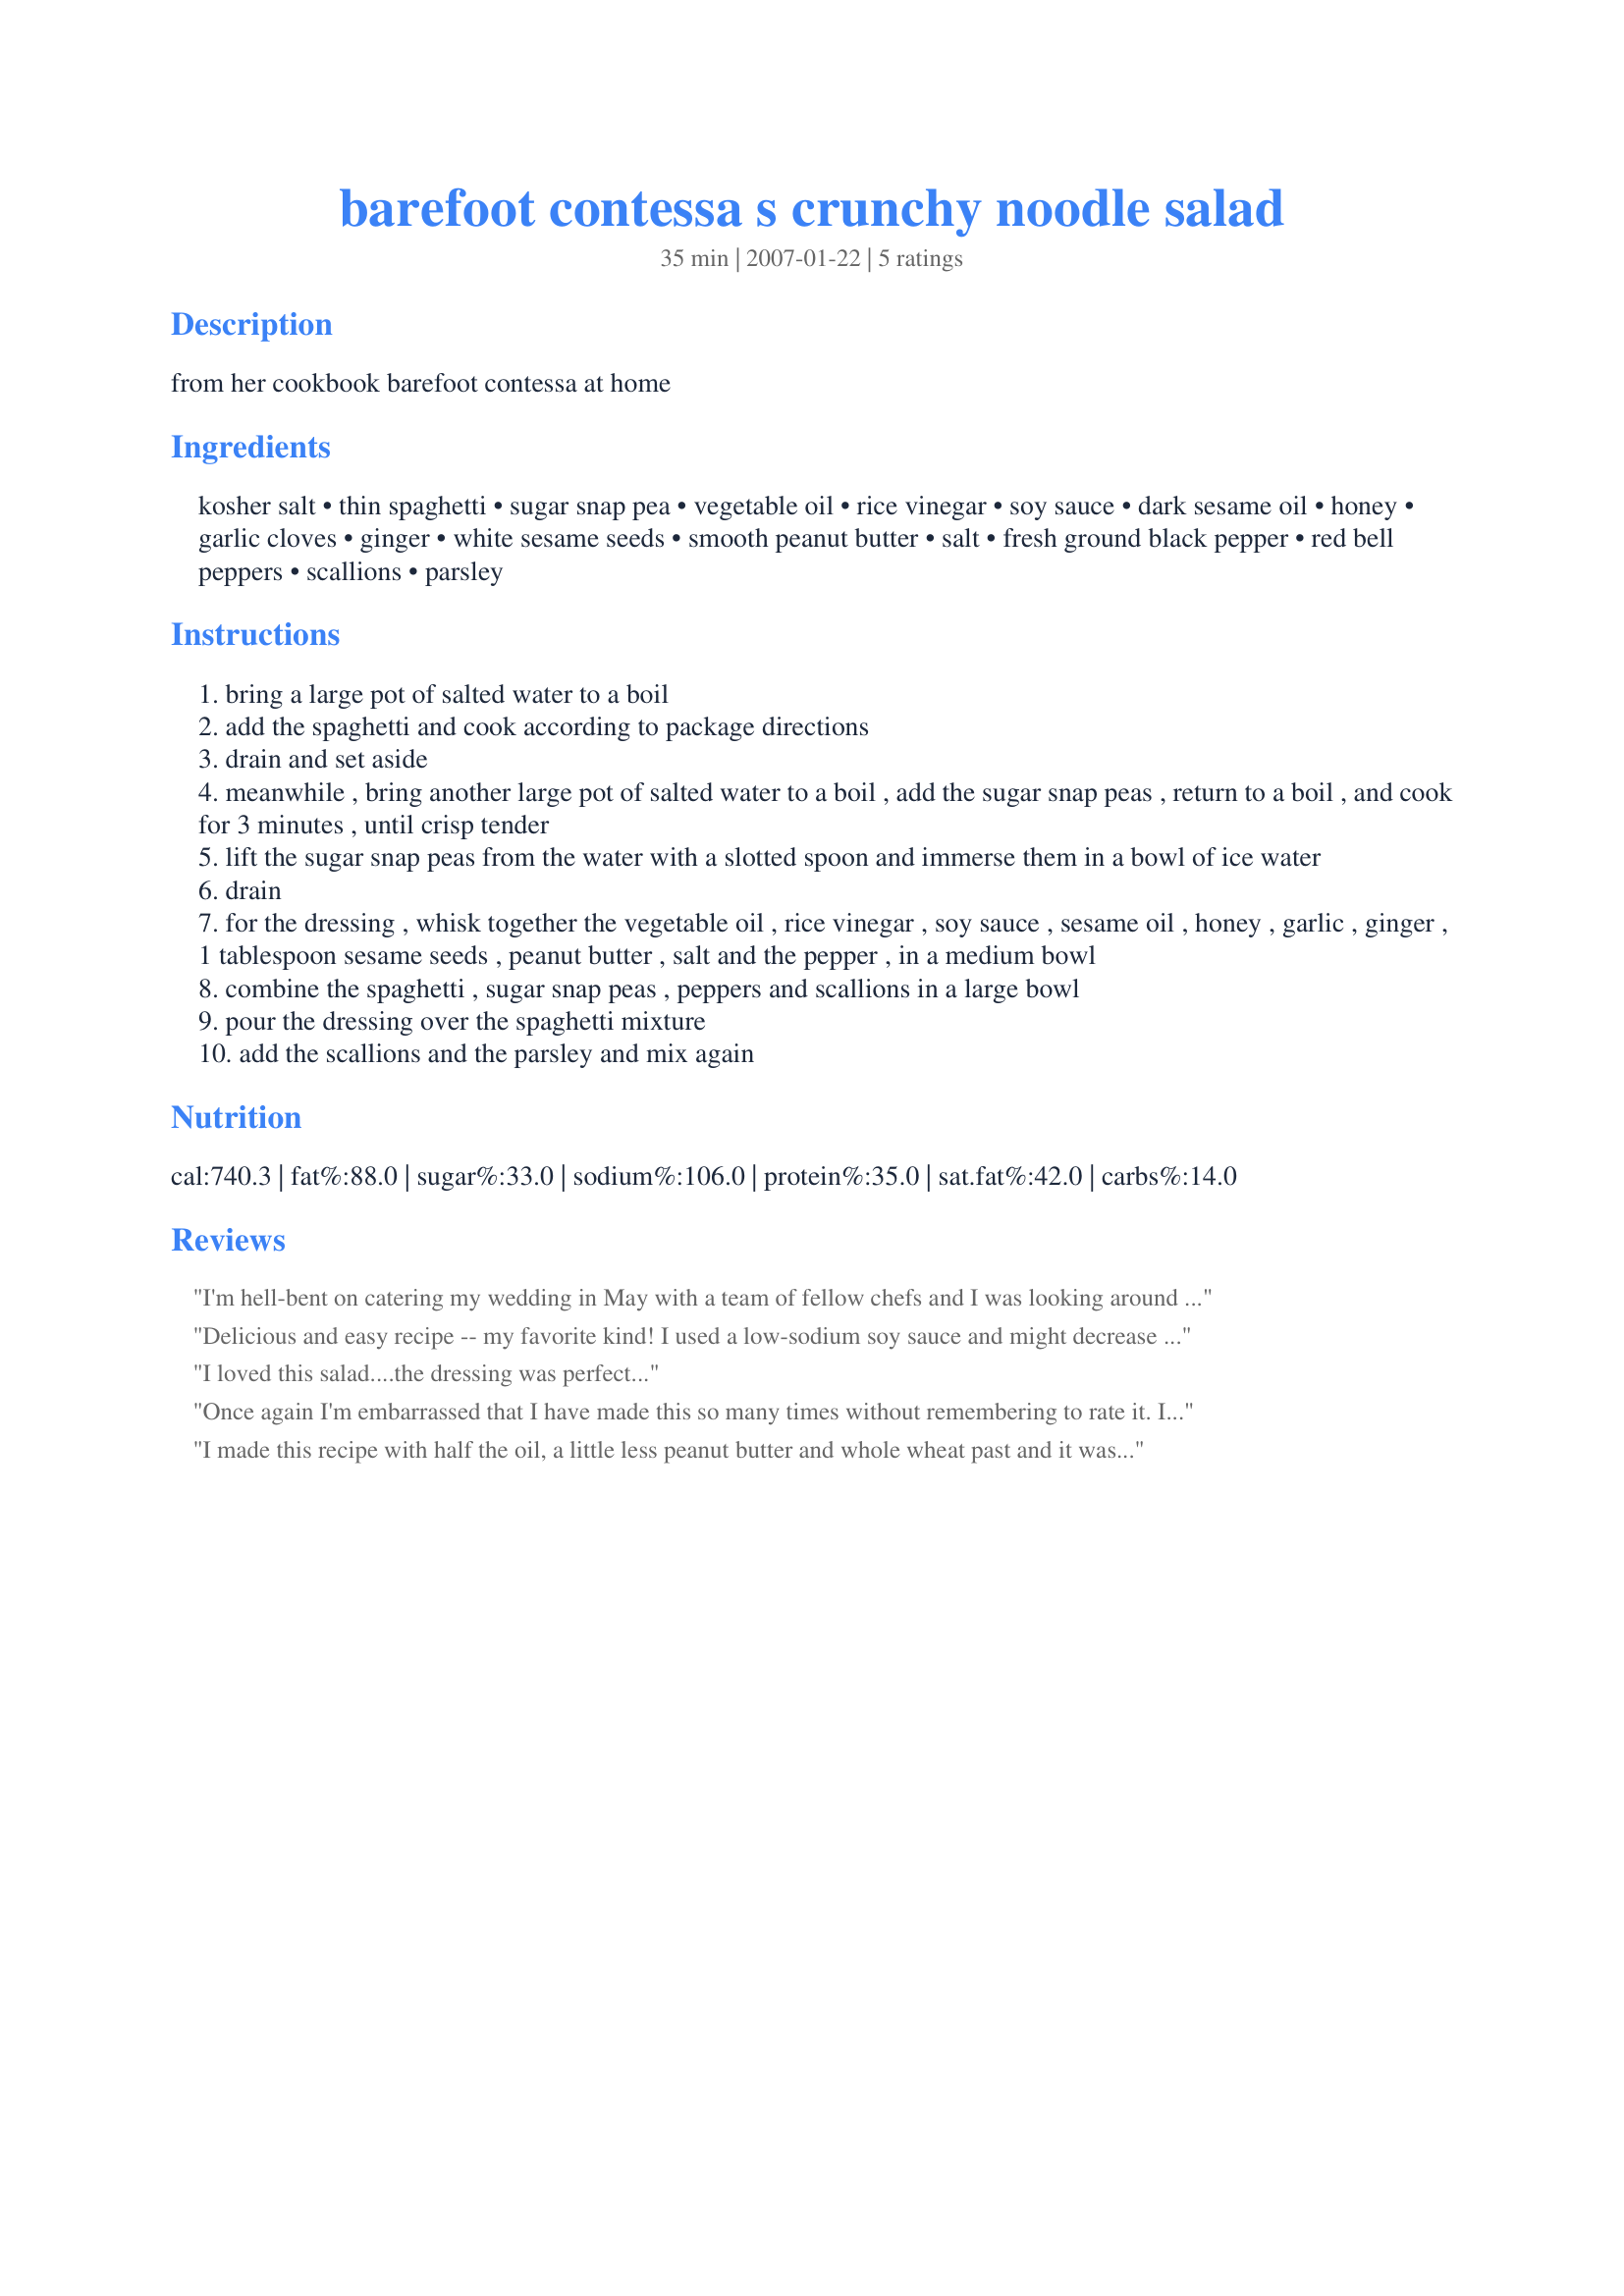
barefoot contessa s crunchy noodle salad
Preparation time: 35 minutes

from her cookbook barefoot contessa at home

Ingredients:
kosher salt, thin spaghetti, sugar snap pea, vegetable oil, rice vinegar, soy sauce, dark sesame oil, honey, garlic cloves, ginger, white sesame seeds, smooth peanut butter, salt, fresh ground black pepper, red bell peppers, scallions, parsley

Steps:
bring a large pot of salted water to a boil
add the spaghetti and cook according to package directions
drain and set aside
meanwhile , bring another large pot of salted water to a boil , add the sugar snap peas , return to a boil , and cook for 3 minutes , until crisp tender
lift the sugar snap peas from the water with a slotted spoon and immerse them in a bowl of ice water
drain
for the dressing , whisk together the vegetable oil , rice vinegar , soy sauce , sesame oil , honey , garlic , ginger , 1 tablespoon sesame seeds , peanut butter , salt and the pepper , in a medium bowl
combine the spaghetti , sugar snap peas , peppers and scallions in a large bowl
pour the dressing over the spaghetti mixture
add the scallions and the parsley and mix again

Reviews:
I'm hell-bent on catering my wedding in May with a team of fellow chefs and I was looking around for creative salads/ side dishes that I could make almost totally ahead of time and this recipe was a godsend. It is absolutely delicious (we ate it for 3 days)if you want it to look totally gorgeous but your making it ahead of time, hold the peas and sesame seeds until last moment.
Delicious and easy recipe -- my favorite kind! I used a low-sodium soy sauce and might decrease the salt next go round just to lower the sodium further but it is delicious as is. I didn't need all of the dressing so with the leftover salad, I cooked up more noodles the next day, added them in to the leftover salad with the leftover dressing, and added grilled chicken to make it a dinner salad. This is one fabulous and versatile recipe and amazingly is just as good leftover as the day you make it. Thanks, Caroline, for sharing!
I loved this salad....the dressing was perfect...
Once again I'm embarrassed that I have made this so many times without remembering to rate it. I first made it for a brunch and have probably made it 5 times since then.
Everytime I make it, I get a bunch of requests for the recipe. It is so good - the dressing is lighter than it looks like it would be and the whole thing is a wonderful blend of subtle flavors. Also great texture with the crunchy snowpeas and sesames. Lastly, it makes a beautiful presentation on a buffet/brunch table.
I made this recipe with half the oil, a little less peanut butter and whole wheat past and it was amazing and flavorful. Highly recommend it- I also added peppers, onions and broccoli sauteed in a teaspoon of sesame oli and a tablespoon of hoisin sauce- enjoy!
